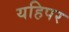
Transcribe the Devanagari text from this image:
यहिपर